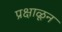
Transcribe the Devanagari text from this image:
प्रक्षाळून